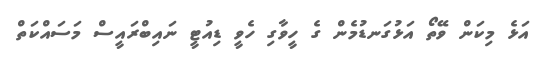
އަޅެ މިކަން ވޭތޯ އަޅުގަނޑުމެން ގެ ހީވާގި ހެވީ ޑިއުޓީ ނައިބްރައީސް މަސައްކަތް